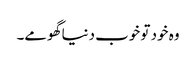
وہ خود تو خوب دنیا گھومے۔